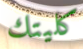
كليتك